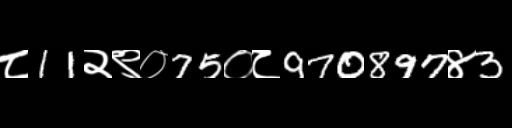
Text: ८11२९०75०८970897४3